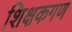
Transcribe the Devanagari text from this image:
शिक्षकगण